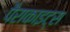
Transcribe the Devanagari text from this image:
पैराकाइट्स